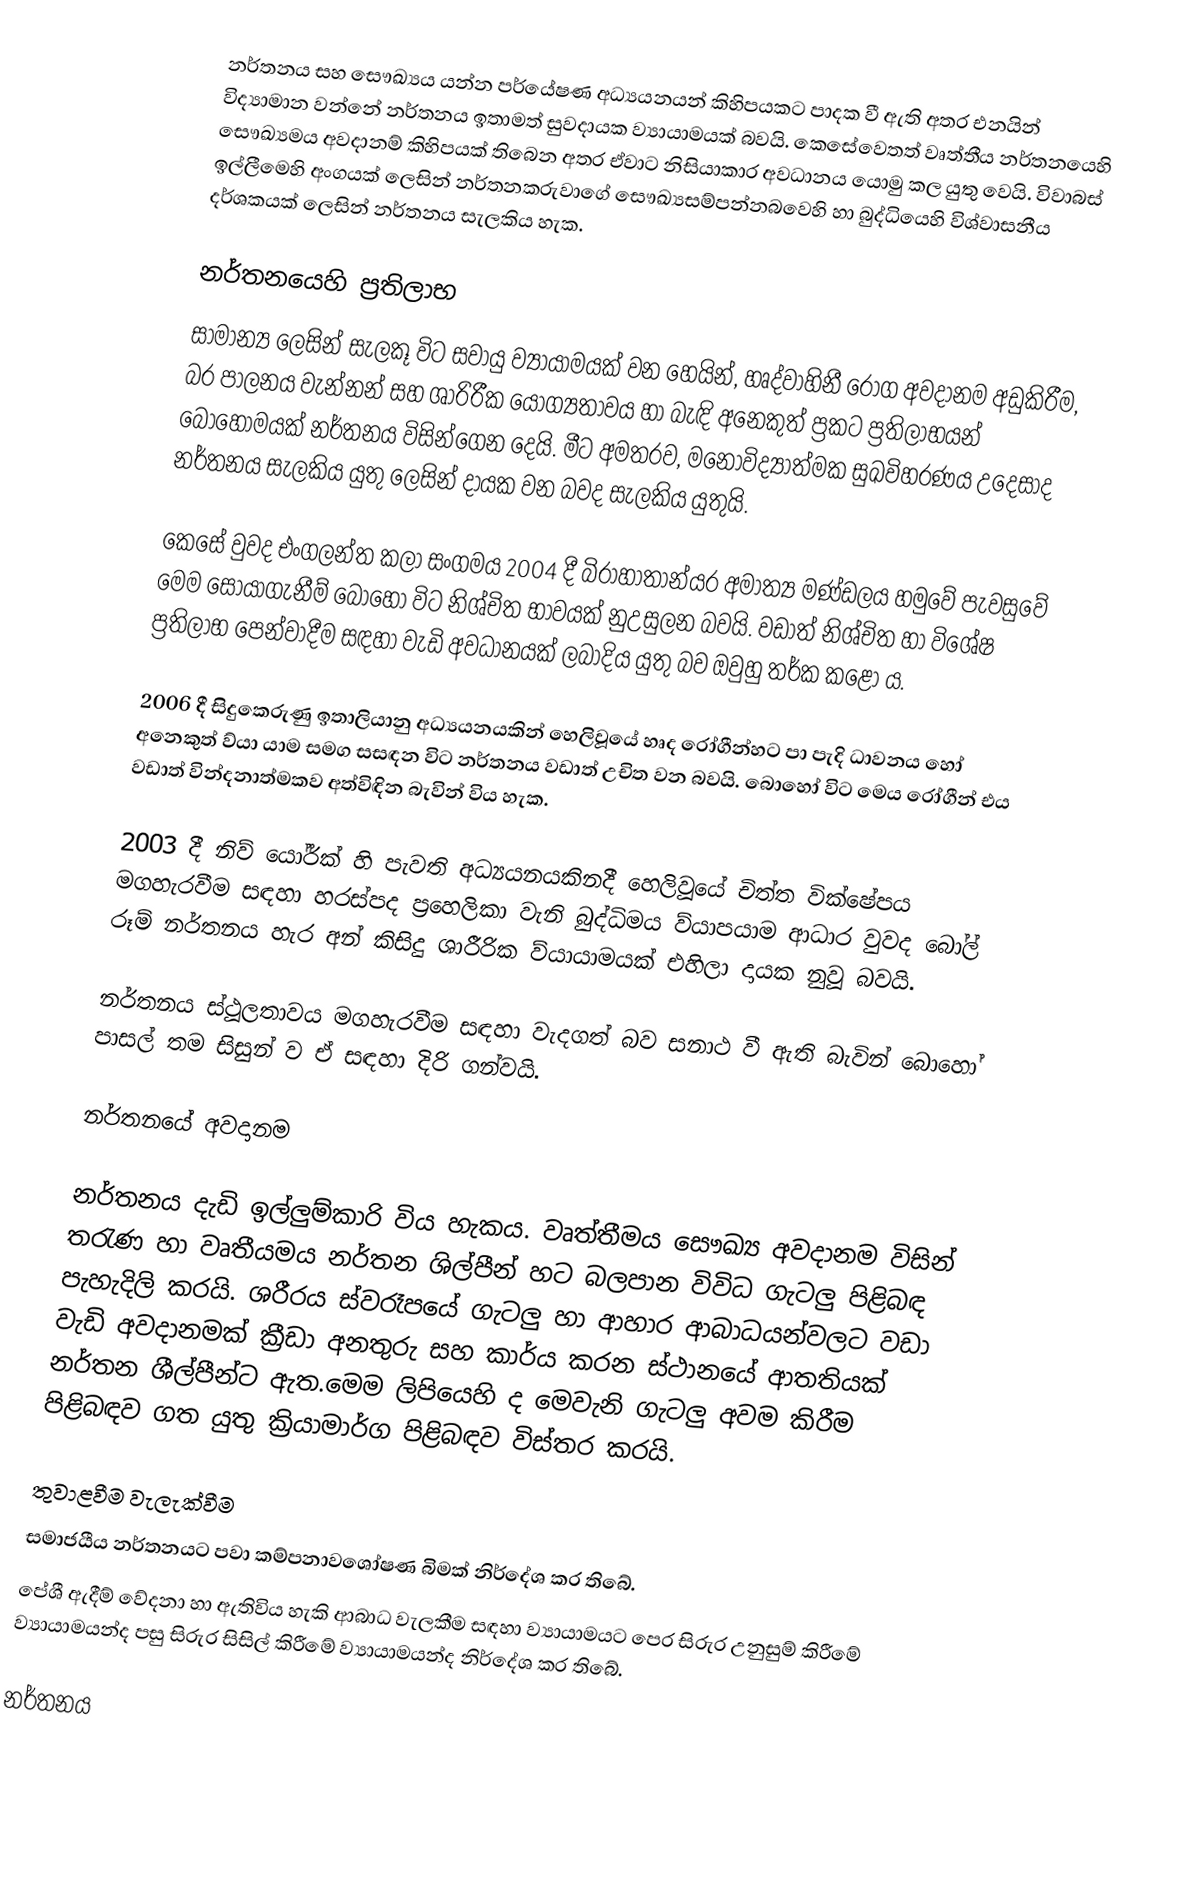
නර්තනය සහ සෞඛ්‍යය යන්න පර්යේෂණ අධ්‍යයනයන් කිහිපයකට පාදක වී ඇති අතර එනයින් විද්‍යාමාන වන්නේ නර්තනය ඉතාමත් සුවදායක ව්‍යායාමයක් බවයි. කෙසේවෙතත් වෘත්තීය නර්තනයෙහි සෞඛ්‍යමය අවදානම් කිහිපයක් තිබෙන අතර ඒවාට නිසියාකාර අවධානය යොමු කල යුතු වෙයි. විවාබස් ඉල්ලීමෙහි අංගයක් ලෙසින් නර්තනකරුවාගේ සෞඛ්‍යසම්පන්නබවෙහි හා බුද්ධියෙහි විශ්වාසනීය දර්ශකයක් ලෙසින් නර්තනය සැලකිය හැක.

නර්තනයෙහි ප්‍රතිලාභ
සාමාන්‍ය ලෙසින් සැලකූ විට සවායු ව්‍යායාමයක් වන හෙයින්,  හෘද්වාහිනී රෝග අවදානම අඩුකිරීම, බර පාලනය වැන්නන් සහ ශාරිරීක යෝග්‍යතාවය හා බැඳි අනෙකුත් ප්‍රකට ප්‍රතිලාභයන් බොහෝමයක් නර්තනය විසින්ගෙන දෙයි. මීට අමතරව, මනෝවිද්‍යාත්මක සුඛවිහරණය උදෙසාද නර්තනය සැලකිය යුතු ලෙසින් දායක වන බවද සැලකිය යුතුයි.

කෙසේ වුවද එංගලන්ත කලා සංගමය 2004 දී බිරාහාතාන්යර අමාත්‍ය මණ්ඩලය හමුවේ පැවසුවේ මෙම සොයාගැනීම් බොහෝ විට නිශ්චිත භාවයක් නුඋසුලන බවයි. වඩාත් නිශ්චිත හා විශේෂ ප්‍රතිලාභ පෙන්වාදීම සඳහා වැඩි අවධානයක් ලබාදිය යුතු බව ඔවුහු තර්ක කළෝ ය.

2006 දී සිදුකෙරුණු ඉතාලියානු අධ්‍යයනයකින් හෙලිවූයේ හෘද රෝගීන්හට පා පැදි ධාවනය හෝ අනෙකුත් ව්යා යාම සමග සසඳන විට නර්තනය වඩාත් උචිත වන බවයි. බොහෝ විට මෙය රෝගීන් එය වඩාත් වින්දනාත්මකව අත්විඳින බැවින් විය හැක.

2003 දී නිව් යෝර්ක් හි පැවති අධ්‍යයනයකිනදී හෙලිවූයේ චිත්ත වික්ෂේපය මගහැරවීම සඳහා හරස්පද ප්‍රහෙලිකා වැනි බුද්ධිමය ව්යාපයාම ආධාර වුවද බෝල් රූම් නර්තනය හැර අන් කිසිදු ශාරීරික ව්යා‍යාමයක් එහිලා දායක නුවූ බවයි.

නර්තනය ස්ථූලතාවය මගහැරවීම සඳහා වැදගත් බව සනාථ වී ඇති බැවින් බොහෝ පාසල් තම සිසුන් ව ඒ සඳහා දිරි ගන්වයි.

නර්තන‍යේ අවදානම

නර්තනය දැඩි ඉල්ලුම්කාරි විය හැකය. වෘත්තීමය ‍සෞඛ්‍ය අවදානම විසින් තරැණ හා වෘතීයමය නර්තන ශිල්පීන් හට බලපාන විවිධ ගැටලු පිළිබඳ පැහැදිලි කරයි. ශරීර‍‍ය ස්වරෑප‍යේ ගැටලු හා ආහාර ආබාධයන්වලට වඩා වැඩි අවදානමක් ක්‍රීඩා අනතුරු සහ කාර්ය කරන ස්ථානයේ ආතතියක්  නර්තන ශීල්පීන්ට ඇත.මෙම ලිපි‍‍‍‍යෙහි ද ‍‍මෙවැනි ගැටලු අවම කිරීම පිළිබඳව ගත යුතු ක්‍රියාමාර්ග පිළිබඳව විස්තර කරයි.

තුවාළවීම වැලැක්වීම
සමාජයීය නර්තනයට පවා   කම්පනාවශෝෂණ බිමක් නිර්දේශ කර තිබේ.
පේශී ඇදීම් වේදනා හා ඇතිවිය හැකි ආබාධ වැලකීම සඳහා ව්‍යායාමයට පෙර සිරුර උනුසුම් කිරීමේ ව්‍යායාමයන්ද පසු සිරුර සිසිල් කිරීමේ ව්‍යායාමයන්ද නිර්දේශ කර තිබේ.

නර්තනය